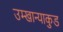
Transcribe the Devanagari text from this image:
उम्खान्याकुड